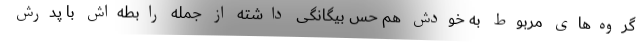
گروه‌های مربوط به خودش هم حس بیگانگی داشته از جمله رابطه‌اش با پدرش